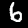
Digit: 6